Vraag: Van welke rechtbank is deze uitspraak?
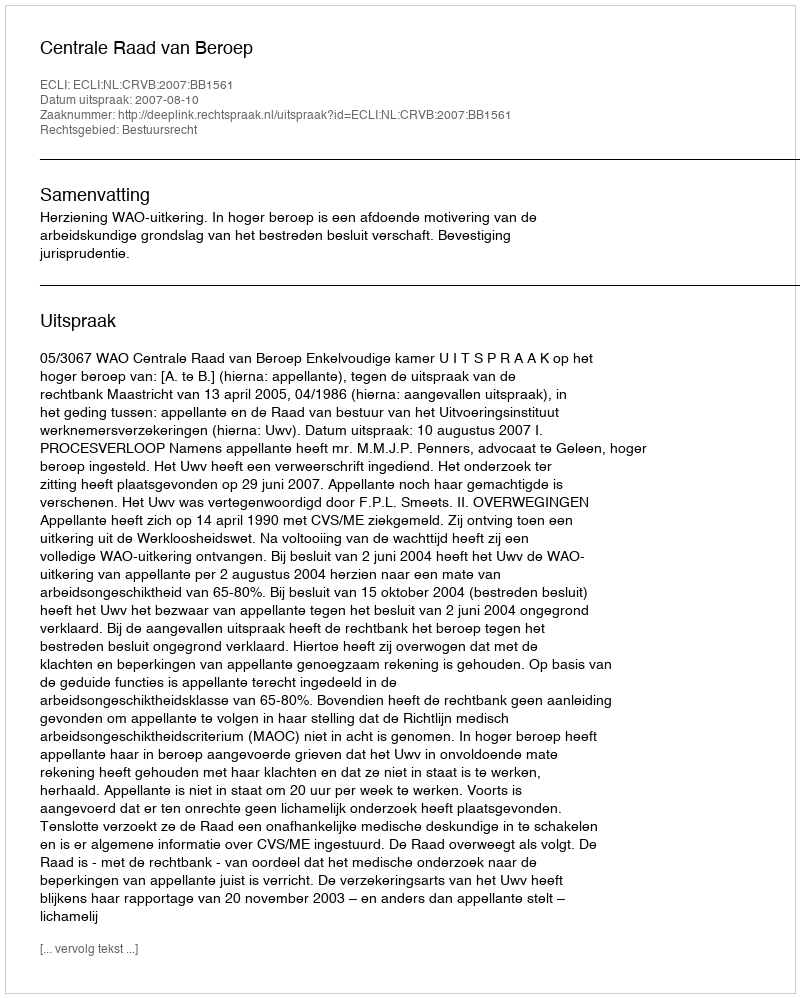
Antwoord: Centrale Raad van Beroep